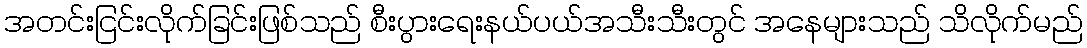
အတင်းငြင်းလိုက်ခြင်းဖြစ်သည် စီးပွားရေးနယ်ပယ်အသီးသီးတွင် အနေများသည် သိလိုက်မည်